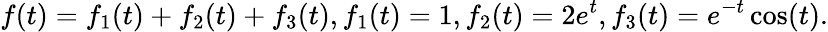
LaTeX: f(t)=f_{1}(t)+f_{2}(t)+f_{3}(t),f_{1}(t)=1,f_{2}(t)=2e^{t},f_{3}(t)=e^{-t}\cos(t).